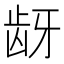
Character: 𬹺